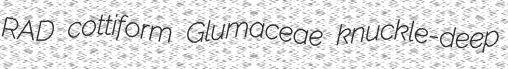
RAD cottiform Glumaceae knuckle-deep